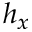
h _ { x }